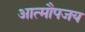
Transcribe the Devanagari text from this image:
आत्मौपजय